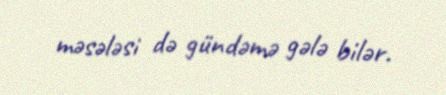
məsələsi də gündəmə gələ bilər.